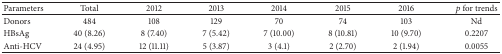
<table><thead><tr><td><b>Parameters</b></td><td><b>Total</b></td><td><b>2012</b></td><td><b>2013</b></td><td><b>2014</b></td><td><b>2015</b></td><td><b>2016</b></td><td><b><i>p</i> for trends</b></td></tr></thead><tbody><tr><td>Donors</td><td>484</td><td>108</td><td>129</td><td>70</td><td>74</td><td>103</td><td>Nd</td></tr><tr><td>HBsAg</td><td>40 (8.26)</td><td>8 (7.40)</td><td>7 (5.42)</td><td>7 (10.00)</td><td>8 (10.81)</td><td>10 (9.70)</td><td>0.2207</td></tr><tr><td>Anti-HCV</td><td>24 (4.95)</td><td>12 (11.11)</td><td>5 (3.87)</td><td>3 (4.1)</td><td>2 (2.70)</td><td>2 (1.94)</td><td>0.0055</td></tr></tbody></table>